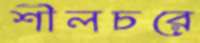
শীলচরে